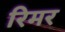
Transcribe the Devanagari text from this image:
रिमर